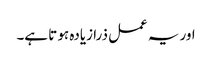
اور یہ عمل ذرا زیادہ ہو تا ہے۔